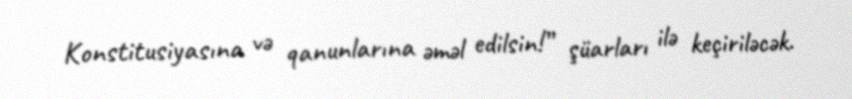
Konstitusiyasına və qanunlarına əməl edilsin!” şüarları ilə keçiriləcək.